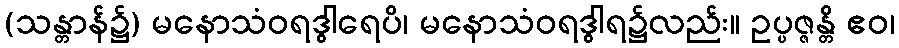
(သန္တာန်၌) မနောသံဝရဒွါရေပိ၊ မနောသံဝရဒွါရ၌လည်း။ ဥပ္ပဇ္ဇန္တိ ဧဝ၊